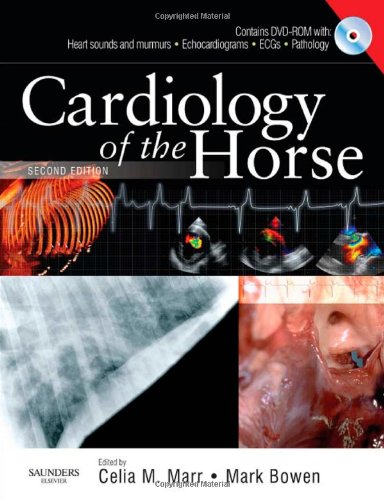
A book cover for Cardiology of the Horse, 2e; Medical Books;